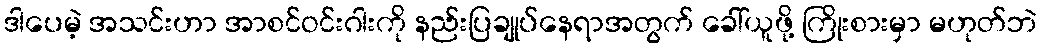
ဒါပေမဲ့ အသင်းဟာ အာစင်ဝင်းဂါးကို နည်းပြချုပ်နေရာအတွက် ခေါ်ယူဖို့ ကြိုးစားမှာ မဟုတ်ဘဲ